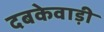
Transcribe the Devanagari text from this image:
दबकेवाड़ी